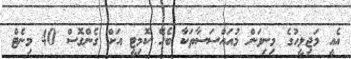
އެއީ މަޖިލީހުގެ މިނިވަން މުއައްސަސާތަކާ ބެހޭ ކޮމިޓީ އަށް ގެންގޮސް 40 މިނެޓް